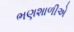
ભણશાળીએ